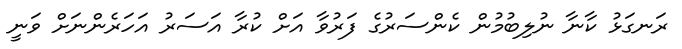
ރަނގަޅު ކާނާ ނުލިބުމުން ކެންސަރުގެ ފަރުވާ އަށް ކުރާ އަސަރު އަހަރެންނަށް ވަނީ